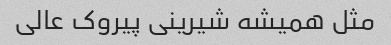
مثل همیشه شیرینی پیروک عالی